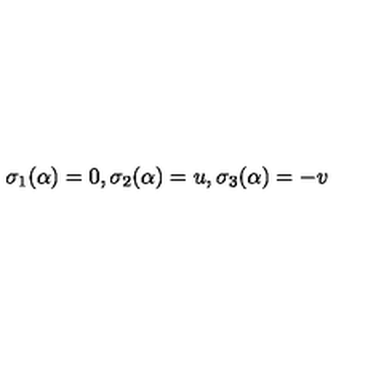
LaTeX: \sigma _ { 1 } ( \alpha ) = 0 , \sigma _ { 2 } ( \alpha ) = u , \sigma _ { 3 } ( \alpha ) = - v